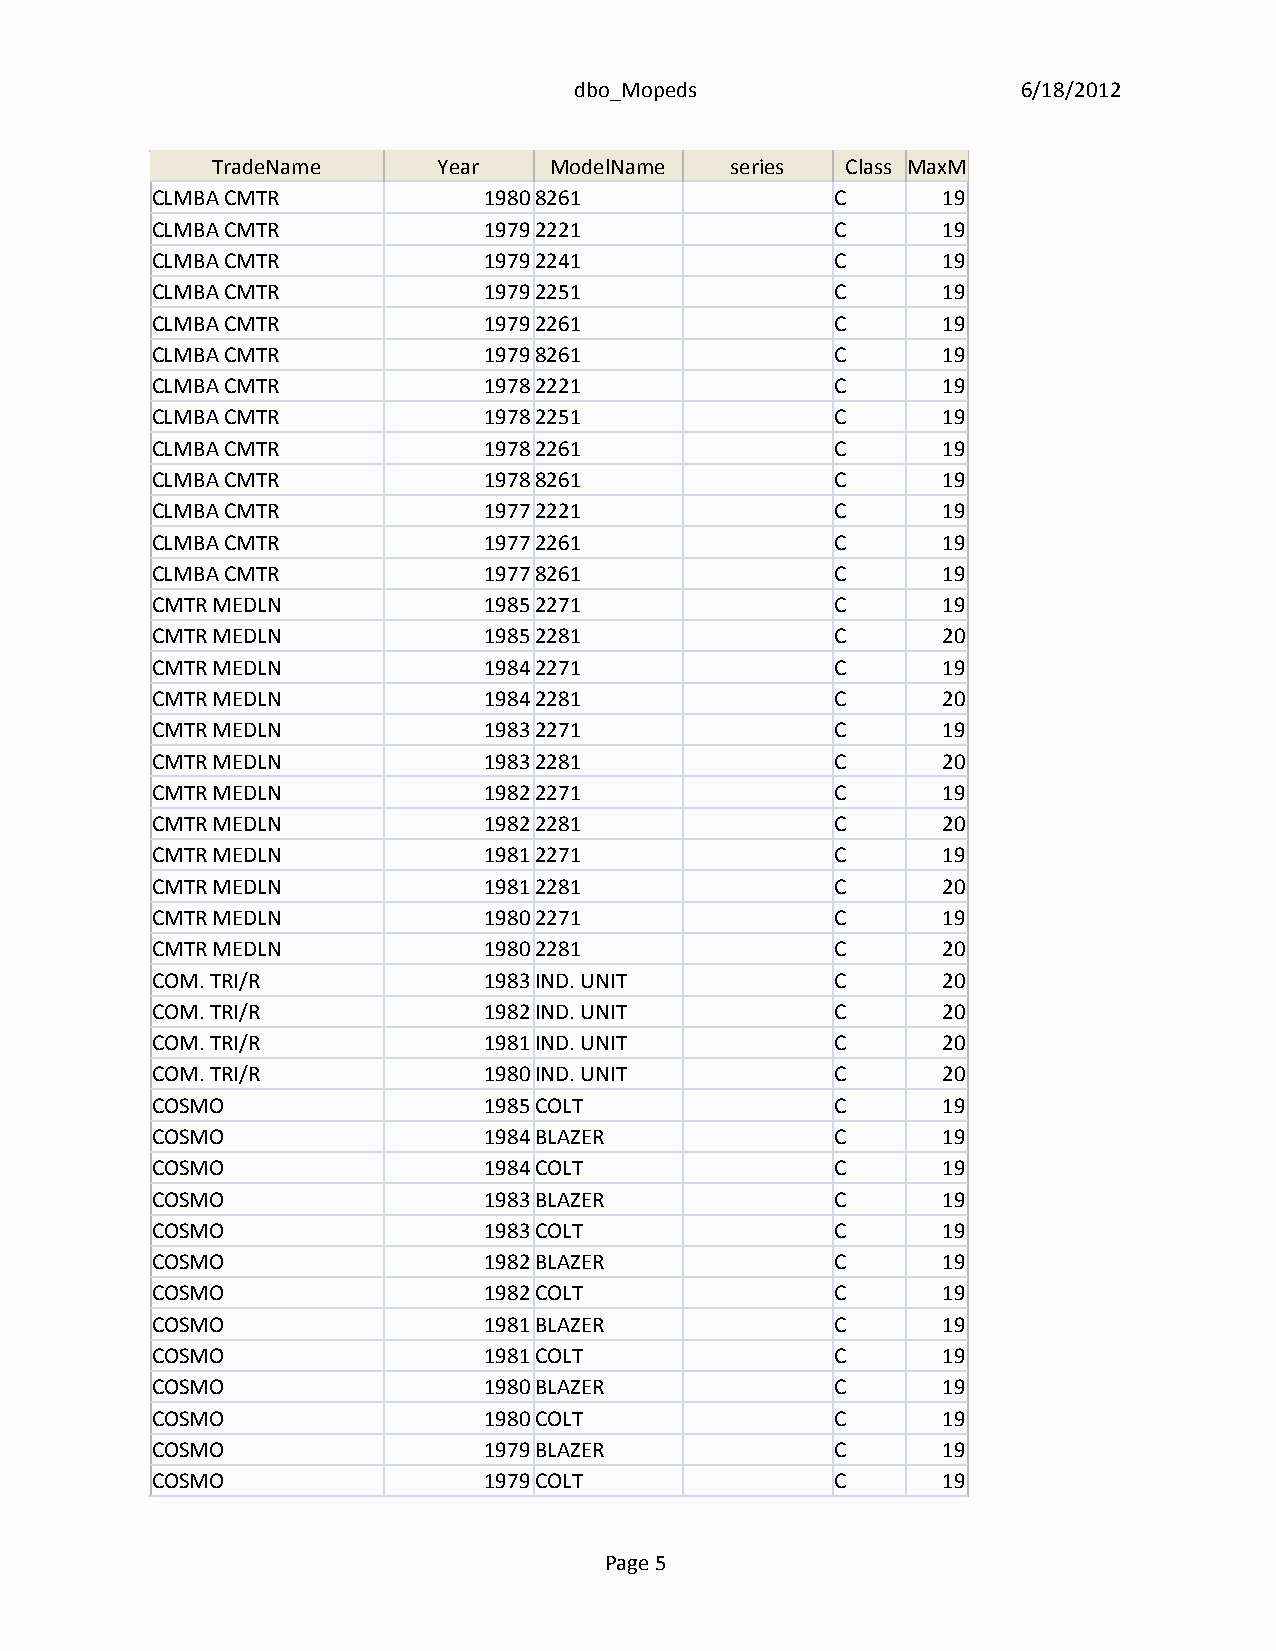
dbo_Mopeds                    6/18/2012
 TradeName      Year   ModelName   series  Class MaxMPH
 CLMBA CMTR            19808261               C      19
 CLMBA CMTR            19792221               C      19
 CLMBA CMTR            19792241               C      19
 CLMBA CMTR            19792251               C      19
 CLMBA CMTR            19792261               C      19
 CLMBA CMTR            19798261               C      19
 CLMBA CMTR            19782221               C      19
 CLMBA CMTR            19782251               C      19
 CLMBA CMTR            19782261               C      19
 CLMBA CMTR            19788261               C      19
 CLMBA CMTR            19772221               C      19
 CLMBA CMTR            19772261               C      19
 CLMBA CMTR            19778261               C      19
 CMTR MEDLN            19852271               C      19
 CMTR MEDLN            19852281               C      20
 CMTR MEDLN            19842271               C      19
 CMTR MEDLN            19842281               C      20
 CMTR MEDLN            19832271               C      19
 CMTR MEDLN            19832281               C      20
 CMTR MEDLN            19822271               C      19
 CMTR MEDLN            19822281               C      20
 CMTR MEDLN            19812271               C      19
 CMTR MEDLN            19812281               C      20
 CMTR MEDLN            19802271               C      19
 CMTR MEDLN            19802281               C      20
 COM. TRI/R            1983IND. UNIT          C      20
 COM. TRI/R            1982IND. UNIT          C      20
 COM. TRI/R            1981IND. UNIT          C      20
 COM. TRI/R            1980IND. UNIT          C      20
 COSMO                 1985COLT               C      19
 COSMO                 1984BLAZER             C      19
 COSMO                 1984COLT               C      19
 COSMO                 1983BLAZER             C      19
 COSMO                 1983COLT               C      19
 COSMO                 1982BLAZER             C      19
 COSMO                 1982COLT               C      19
 COSMO                 1981BLAZER             C      19
 COSMO                 1981COLT               C      19
 COSMO                 1980BLAZER             C      19
 COSMO                 1980COLT               C      19
 COSMO                 1979BLAZER             C      19
 COSMO                 1979COLT               C      19
 Page 5